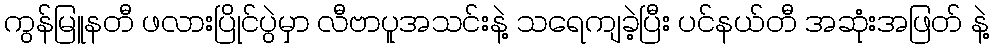
ကွန်မြူနတီ ဖလားပြိုင်ပွဲမှာ လီဗာပူအသင်းနဲ့ သရေကျခဲ့ပြီး ပင်နယ်တီ အဆုံးအဖြတ် နဲ့